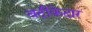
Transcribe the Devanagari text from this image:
बदीकेदार